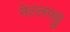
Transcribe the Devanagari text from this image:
नेल्‍लपट्टु